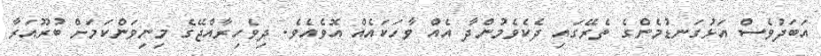
އަބަދުވެސް އަޅުގަނޑުމެންގެ ތެރޭގައި ދެކެވެމުންދާ އެއްް ވާހަކައެއް އޮވެއެވެ. ދިވެހިރާއްޖޭގެ މިނިވަންކަމަށް ބުރޫއަރާ